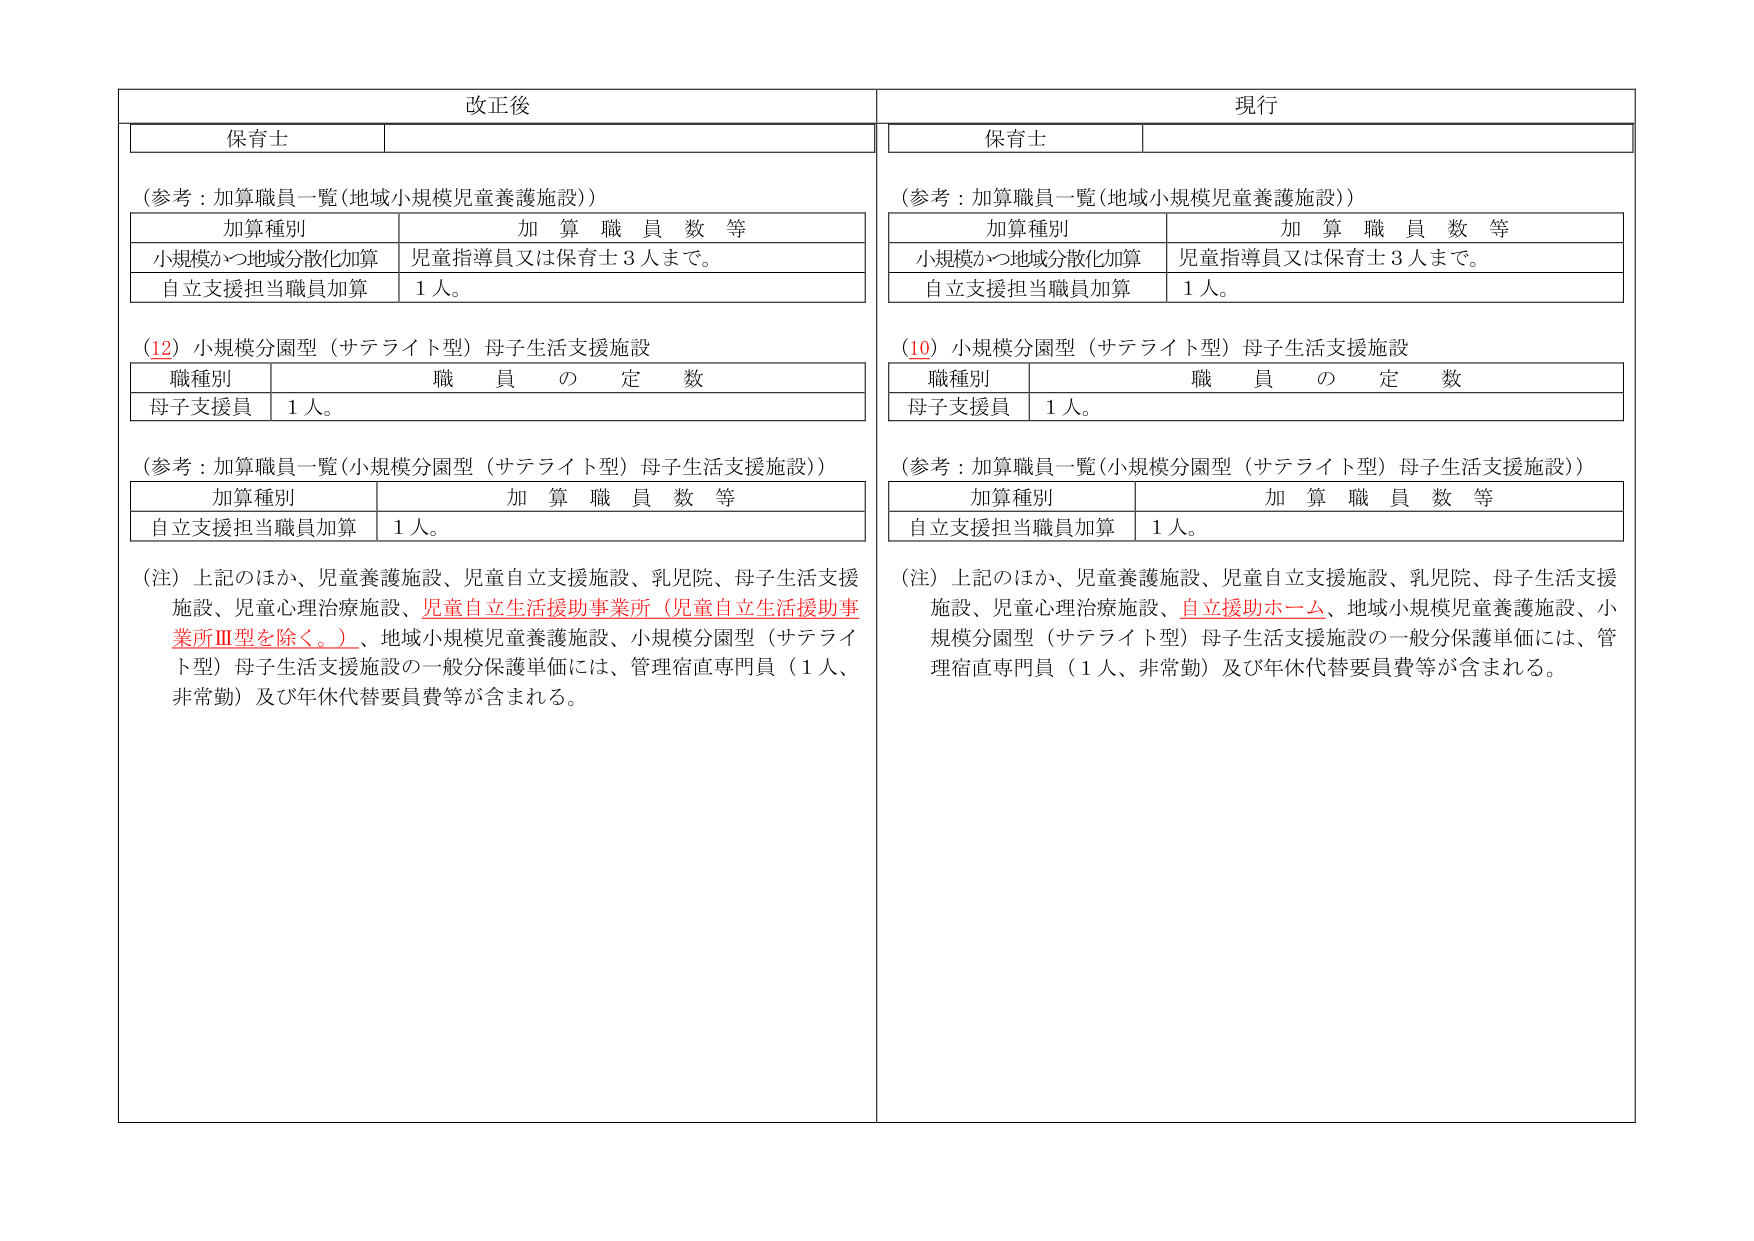
改正後
保育士
（参考：加算職員一覧（地域小規模児童養護施設））
加算種別 加算職員数等
小規模かつ地域分散化加算 児童指導員又は保育士３人まで。
自立支援担当職員加算 １人。
（12）小規模分園型（サテライト型）母子生活支援施設
職種別 職員の定数
母子支援員 １人。
（参考：加算職員一覧（小規模分園型（サテライト型）母子生活支援施設））
加算種別 加算職員数等
自立支援担当職員加算 １人。
（注）上記のほか、児童養護施設、児童自立支援施設、乳児院、母子生活支援施設、児童心理治療施設、児童自立生活援助事業所（児童自立生活援助事業所Ⅲ型を除く。）、地域小規模児童養護施設、小規模分園型（サテライト型）母子生活支援施設の一般分保護単価には、管理宿直専門員（１人、非常勤）及び年休代替要員費等が含まれる。

現行
保育士
（参考：加算職員一覧（地域小規模児童養護施設））
加算種別 加算職員数等
小規模かつ地域分散化加算 児童指導員又は保育士３人まで。
自立支援担当職員加算 １人。
（10）小規模分園型（サテライト型）母子生活支援施設
職種別 職員の定数
母子支援員 １人。
（参考：加算職員一覧（小規模分園型（サテライト型）母子生活支援施設））
加算種別 加算職員数等
自立支援担当職員加算 １人。
（注）上記のほか、児童養護施設、児童自立支援施設、乳児院、母子生活支援施設、児童心理治療施設、自立援助ホーム、地域小規模児童養護施設、小規模分園型（サテライト型）母子生活支援施設の一般分保護単価には、管理宿直専門員（１人、非常勤）及び年休代替要員費等が含まれる。